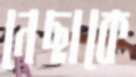
নেছাকে